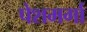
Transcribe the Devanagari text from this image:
पेशमर्गा